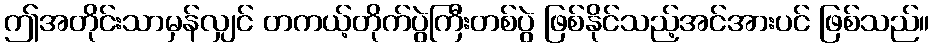
ဤအတိုင်းသာမှန်လျှင် တကယ့်တိုက်ပွဲကြီးတစ်ပွဲ ဖြစ်နိုင်သည့်အင်အားပင် ဖြစ်သည်။